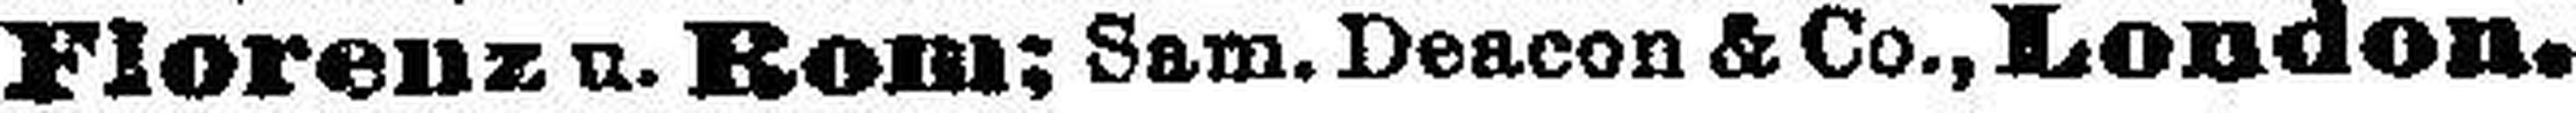
Florenz u. Rom; Sam. Deacon & Co., London.